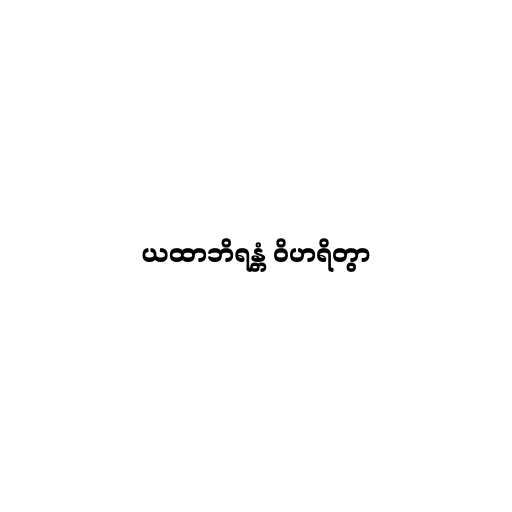
ယထာဘိရန္တံ ဝိဟရိတွာ